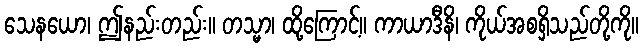
သေနယော၊ ဤနည်းတည်း။ တသ္မာ၊ ထို့ကြောင့်။ ကာယာဒီနိ၊ ကိုယ်အစရှိသည်တို့ကို။